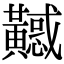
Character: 𪏤